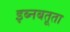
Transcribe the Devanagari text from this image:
इब्‍नबतूता